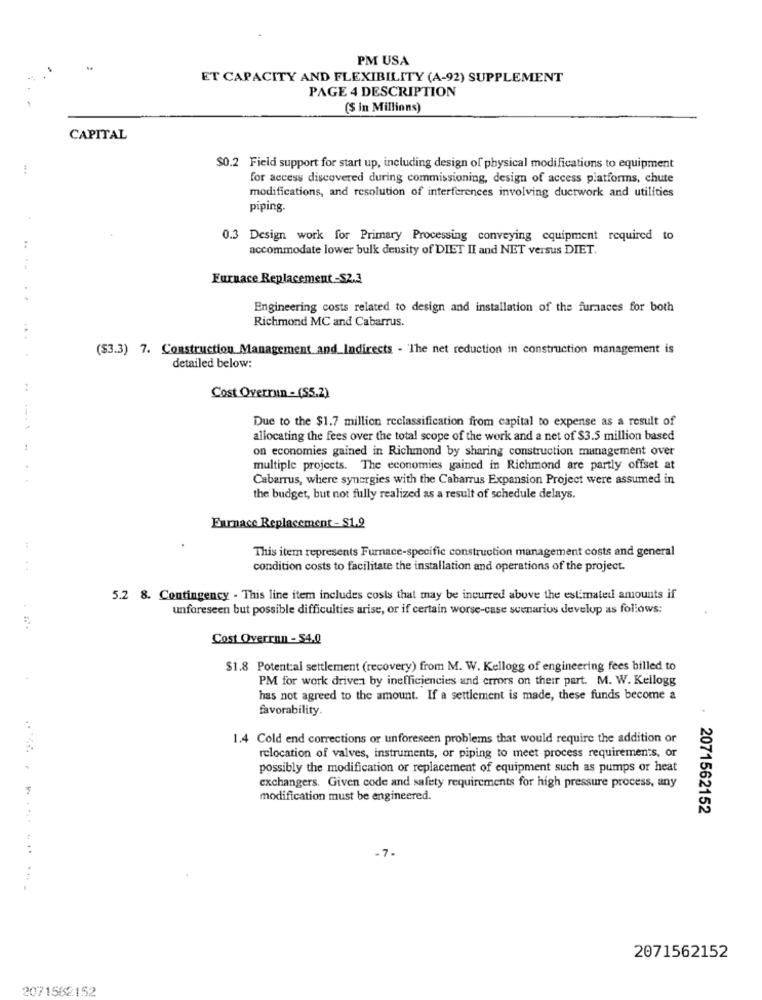
PM USA
ET CAPACITY AND FLEXIBILITY (A-92) SUPPLEMENT
PAGE 4 DESCRIPTION
($ in Millions)
CAPITAL
!
$0.2 Field support for start up, including design of physical modifications to equipment
for access discovered during commissioning, design of access platforms, chute
modifications, and resolution of interferences involving ductwork and utilities
piping.
0.3 Design work for Primary Processing conveying equipment required to
accommodate lower bulk density of DIET II and NET versus DIET.
Furnace Replacement-$2.3
Engineering costs related to design and installation of the furnaces for both
Richmond MC and Cabarrus.
...
($3.3) 7. Construction Management and_Indirects - The net reduction in construction management is
detailed below:
..
Cost Overrun - ($5.2)
Due to the $1.7 million reclassification from capital to expense as a result of
allocating the fees over the total scope of the work and a net of $3.5 million based
on economies gained in Richmond by sharing construction management over
multiple projects. The economies gained in Richmond are partly offset at
Cabarrus, where synergies with the Cabarrus Expansion Project were assumed in
the budget, but not fully realized as a result of schedule delays.
Furnace Replacement- $1.2
This item represents Furnace-specific construction management costs and general
..
condition costs to facilitate the installation and operations of the project.
5.2 8. Contingency - This line item includes costs that may be incurred above the estimated amounts if
unforeseen but possible difficulties arise, or if certain worse-case scenarius develop as follows:
Cost Overrun - $4.0
$1.8 Potential settlement (recovery) from M. W. Kellogg of engineering fees billed to
PM for work driven by inefficiencies and errors on their part. M. W. Kellogg
has not agreed to the amount. If a settlement is made, these funds become a
favorability.
1.4 Cold end corrections or unforeseen problems that would require the addition or
relocation of valves, instruments, or piping to meet process requirements, or
possibly the modification or replacement of equipment such as pumps or heat
exchangers. Given code and safety requirements for high pressure process, any
modification must be engineered.
2071562152
-7.
......... ... ....
2071562152
2071562152